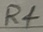
Text: R4